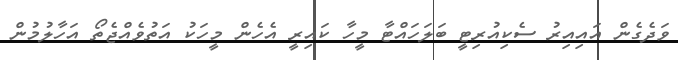
ވަދެގެން އައިއިރު ސެކިއުރިޓީ ބަލަހައްޓާ މީހާ ކައިރީ އެހެން މީހަކު އަތުވެއްޖެތޯ އަހާލުމުން